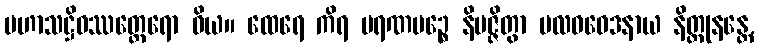
မဟာသဋ္ဌိဝဿတ္ထေရော ဝိယ။ ထေရေ ကိရ မရဏမဉ္စေ နိပဇ္ဇိတွာ ဗလဝဝေဒနာယ နိတ္ထုနန္တေ,